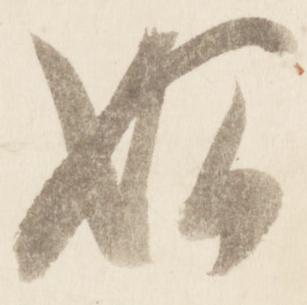
始